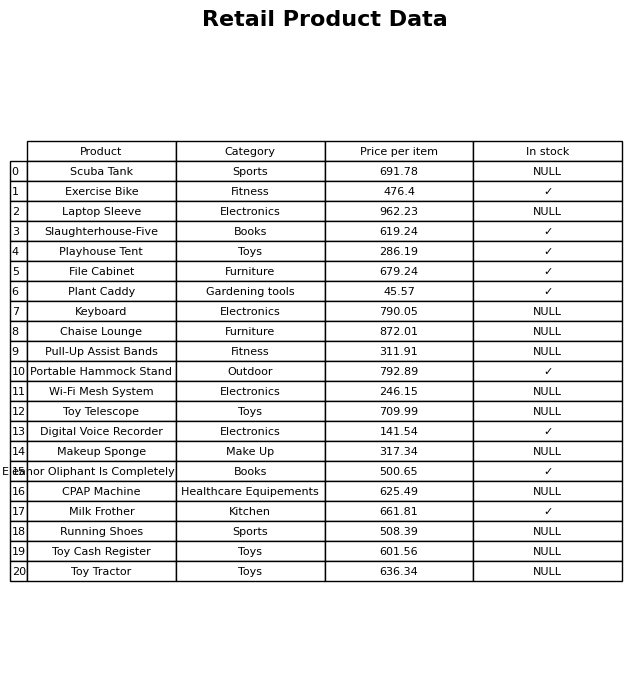
question: What is the price for Digital Voice Recorder?
answer: The price of Digital Voice Recorder is 141.54.